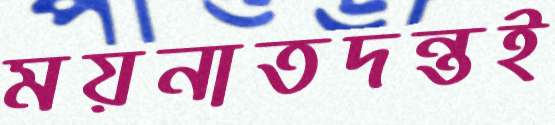
ময়নাতদন্তই